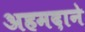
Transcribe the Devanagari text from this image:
अहमदाने